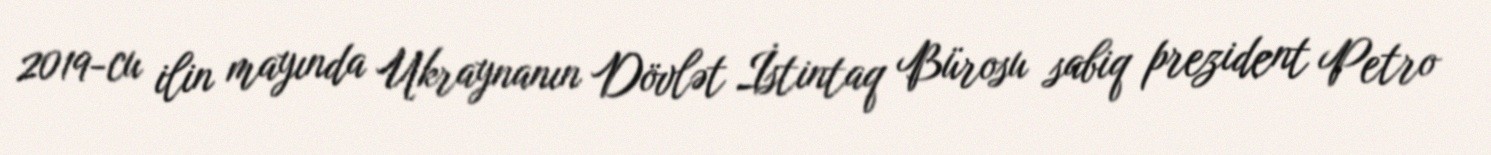
2019-cu ilin mayında Ukraynanın Dövlət İstintaq Bürosu sabiq prezident Petro